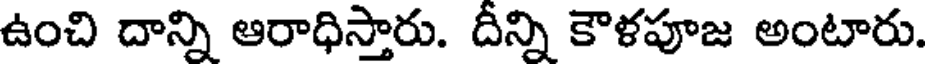
ఉంచి దాన్ని ఆరాధిస్తారు. దీన్ని కౌళపూజ అంటారు.